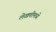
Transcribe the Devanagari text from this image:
लेखणीमध्ये